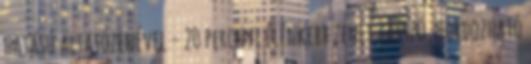
hatású altatózenével - 20 percnyi élénkebb zenét játszó, hordozható